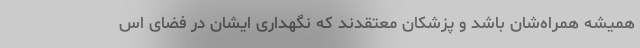
همیشه همراه‌شان باشد و پزشکان معتقدند که نگهداری ایشان در فضای اس